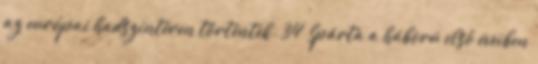
az európai hadszíntéren történtek. 34 Spárta a háború első éveiben